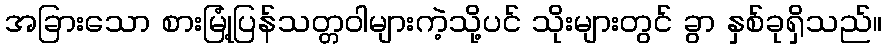
အခြားသော စားမြုံ့ပြန်သတ္တဝါများကဲ့သို့ပင် သိုးများတွင် ခွာ နှစ်ခုရှိသည်။